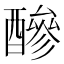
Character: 醦